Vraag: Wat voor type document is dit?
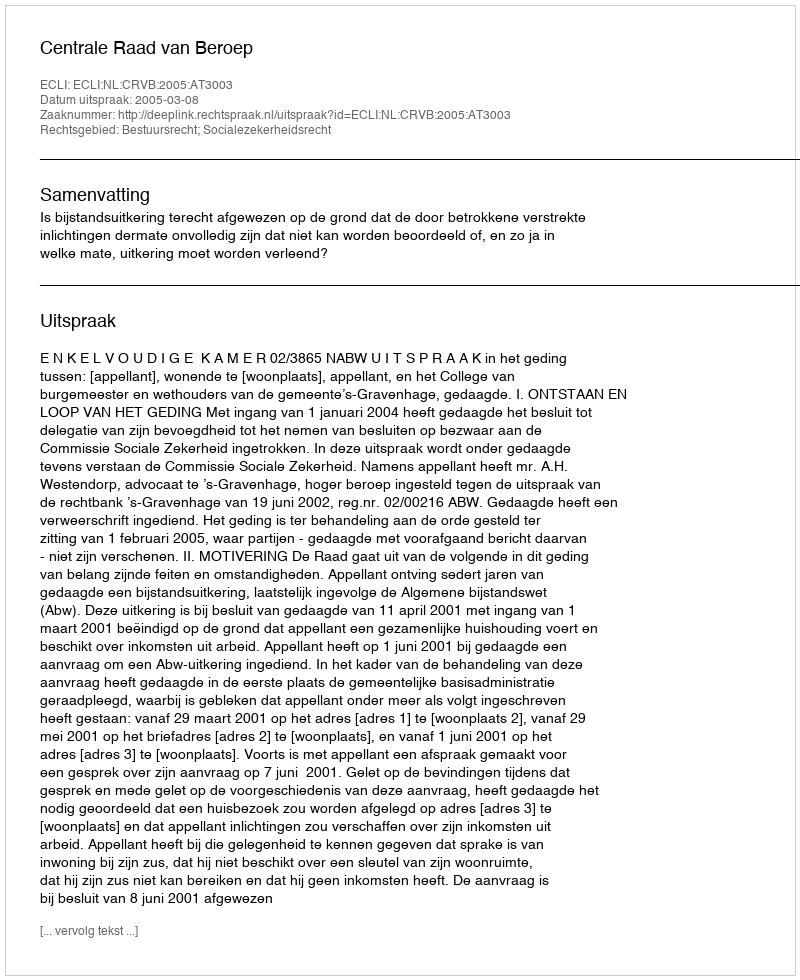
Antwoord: Uitspraak